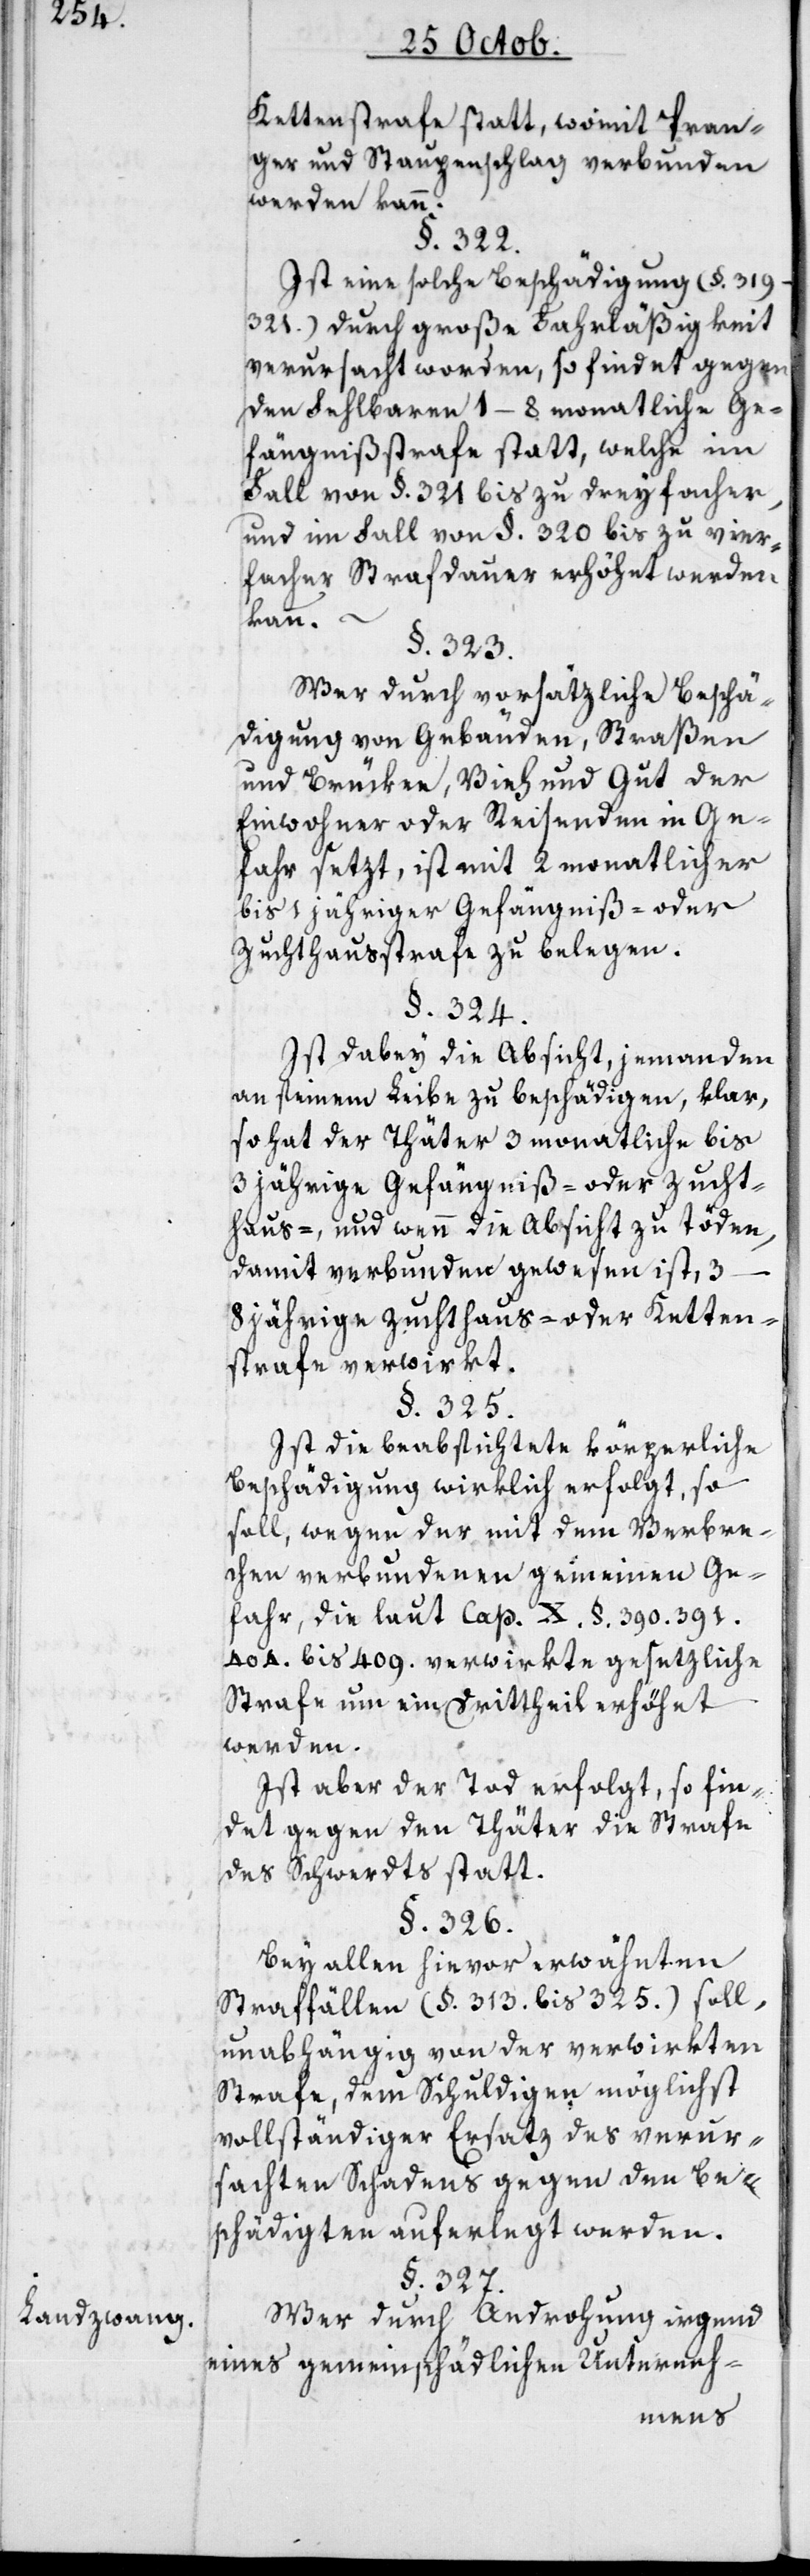
Landzwang.

Kettenstrafe statt, womit Pran¬
ger und Staupenschlag verbunden
werden kann.
§. 322.
Ist eine solche Beschädigung (§.
319–321.) durch große Fahrläßigkeit
verursacht worden, so findet gegen
den Fehlbaren 1–8 monatliche Ge¬
fängnißstrafe statt, welche im
Fall von §. 321 bis zu dreifacher,
und im Fall von §. 320 bis zu vier¬
facher Strafdauer erhöhet werden
kann. –
§. 323.
Wer durch vorsätzliche Beschä¬
digung von Gebäuden, Straßen
und cBrüken, Vieh und Gut der
Einwohner oder Reisenden in Ge¬
fahr sezt, ist mit 2 monatlicher
bis 1 jähriger Gefängniß- oder
Zuchthausstrafe zu belegen.
§. 324.
Ist dabey die Absicht, jemanden
an seinem Leibe zu beschädigen, klar,
so hat der Thäter 3 monatliche bis
3 jährige Gefängniß- oder Zucht¬
haus-, und wenn die Absicht zu töden
damit verbunden gewesen ist, 3–8
jährige Zuchthaus- oder Ketten¬
strafe verwirkt.
§. 325.
Ist die beabsichtete körperliche
Beschädigung wirklich erfolgt, so
soll, wegen der mit dem Verbre¬
chen verbundenen gemeinen Ge¬
fahr, die laut Cap. X. §. 390. 391.
404. bis 409. verwirkte gesetzliche
Strafe um ein Drittheil erhöhet
werden.
Ist aber der Tod erfolgt, so fin¬
det gegen den Thäter die Strafe
des Schwerdts statt.
§. 326.
Bei allen hievor erwähnten
Straffällen (§. 313. bis 325.) soll,
unabhängig von der verwirkten
Strafe, dem Schuldigen möglichst
vollständiger Ersatz des verur¬
sachten Schadens gegen den Be¬
schädigten auferlegt werden.
§. 327.
Wer durch Androhung irgend
eines gemeinschädlichen Unterneh-